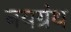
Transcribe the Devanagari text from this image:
नयग्रंथ